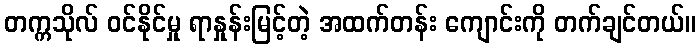
တက္ကသိုလ် ဝင်နိုင်မှု ရာနှုန်းမြင့်တဲ့ အထက်တန်း ကျောင်းကို တက်ချင်တယ်။